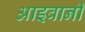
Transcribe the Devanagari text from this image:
आइवानी